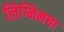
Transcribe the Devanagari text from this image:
लिग्निनचा